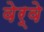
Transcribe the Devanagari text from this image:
वेर्वे